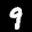
Label: 9